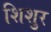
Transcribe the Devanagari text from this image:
शिशुर